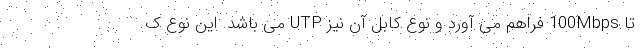
تا 100Mbps فراهم می آورد و نوع کابل آن نیز UTP می باشد. این نوع ک